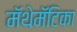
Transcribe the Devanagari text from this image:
मॅथेमॅटिका